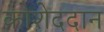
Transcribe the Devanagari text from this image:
कोशेददान